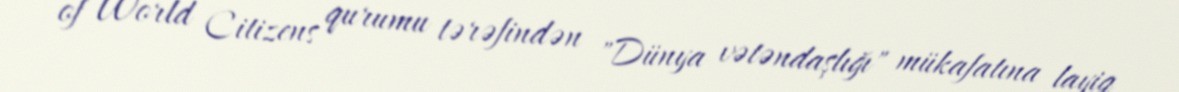
of World Citizens qurumu tərəfindən "Dünya vətəndaşlığı" mükafatına layiq